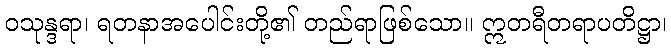
ဝသုန္ဒရာ၊ ရတနာအပေါင်းတို့၏ တည်ရာဖြစ်သော။ ဣတရီတရာပတိဋ္ဌာ၊